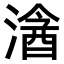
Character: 𣻦